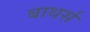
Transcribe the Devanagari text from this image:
बाथर्स